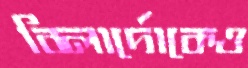
বিলার্দোকেও